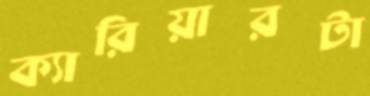
ক্যারিয়ারটা